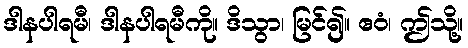
ဒါနပါရမီ၊ ဒါနပါရမီကို။ ဒိသွာ၊ မြင်၍။ ဧဝံ၊ ဤသို့။